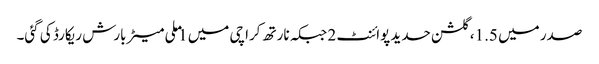
صدر میں 1.5، گلشن حدید پوائنٹ 2 جبکہ نارتھ کراچی میں 1 ملی میٹر بارش ریکارڈ کی گئی۔